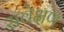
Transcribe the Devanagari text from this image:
सवेक्षण